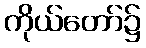
ကိုယ်တော်၌